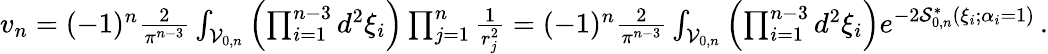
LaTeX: \begin{array}{r}{v_{n}=(-1)^{n}{\frac{2}{\pi^{n-3}}}\int_{\mathcal{V}_{0,n}}\left(\prod_{i=1}^{n-3}d^{2}\xi_{i}\right)\prod_{j=1}^{n}{\frac{1}{r_{j}^{2}}}=(-1)^{n}{\frac{2}{\pi^{n-3}}}\int_{\mathcal{V}_{0,n}}\left(\prod_{i=1}^{n-3}d^{2}\xi_{i}\right)e^{-2\mathcal{S}_{0,n}^{\ast}(\xi_{i};\alpha_{i}=1)}\, .}\end{array}